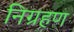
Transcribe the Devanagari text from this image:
निग्रहण